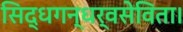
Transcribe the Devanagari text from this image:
सिद्धगन्धर्वसेविता।